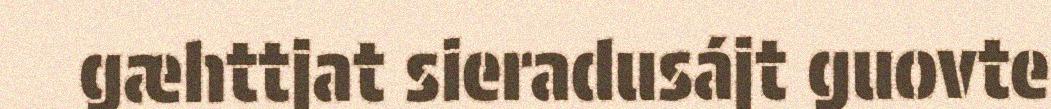
gæhttjat sieradusájt guovte